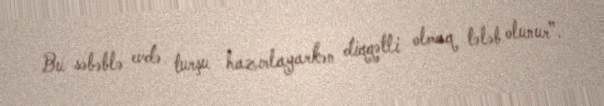
Bu səbəblə evdə turşu hazırlayarkən diqqətli olmaq tələb olunur”.